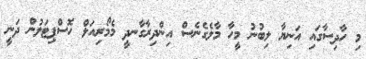
މި ހާދިސާގައި އަނިޔާ ލިބުނު މީހާ މާލެގެނެސް އިންދިރާގާނދީ މެމޯރިއަލް ހޮސްޕިޓަލުން ދަނީ